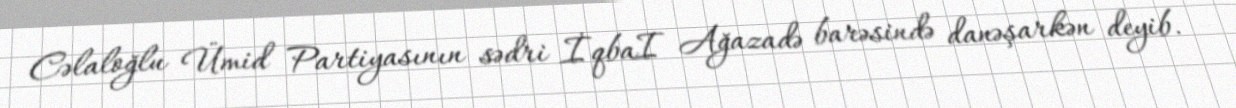
Cəlaloğlu Ümid Partiyasının sədri İqbaI Ağazadə barəsində danəşarkən deyib.